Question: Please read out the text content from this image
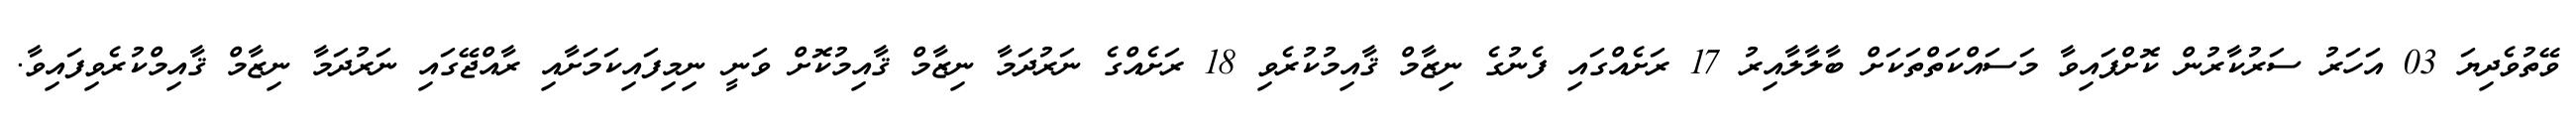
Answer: ވޭތުވެދިޔަ 03 އަހަރު ސަރުކާރުން ކޮށްފައިވާ މަސައްކަތްތަކަށް ބާލާލާއިރު 17 ރަށެއްގައި ފެނުގެ ނިޒާމް ޤާއިމުކުރެވި 18 ރަށެއްގެ ނަރުދަމާ ނިޒާމް ޤާއިމުކޮށް ވަނީ ނިމިފައިކަމަށާއި ރާއްޖޭގައި ނަރުދަމާ ނިޒާމް ޤާއިމްކުރެވިފައިވާ.